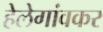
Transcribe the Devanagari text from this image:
हेलेगांवकर